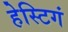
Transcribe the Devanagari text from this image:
हेस्टिगं